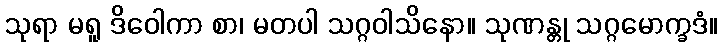
သုရာ မရူ ဒိဝေါကာ စာ၊ မတပါ သဂ္ဂဝါသိနော။ သုဏန္တု သဂ္ဂမောက္ခဒံ။